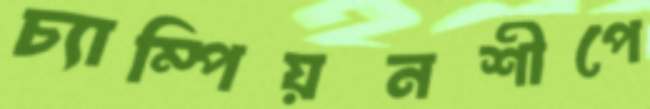
চ্যাম্পিয়নশীপে